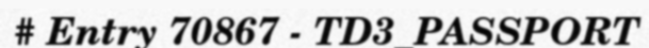
# Entry 70867 - TD3_PASSPORT